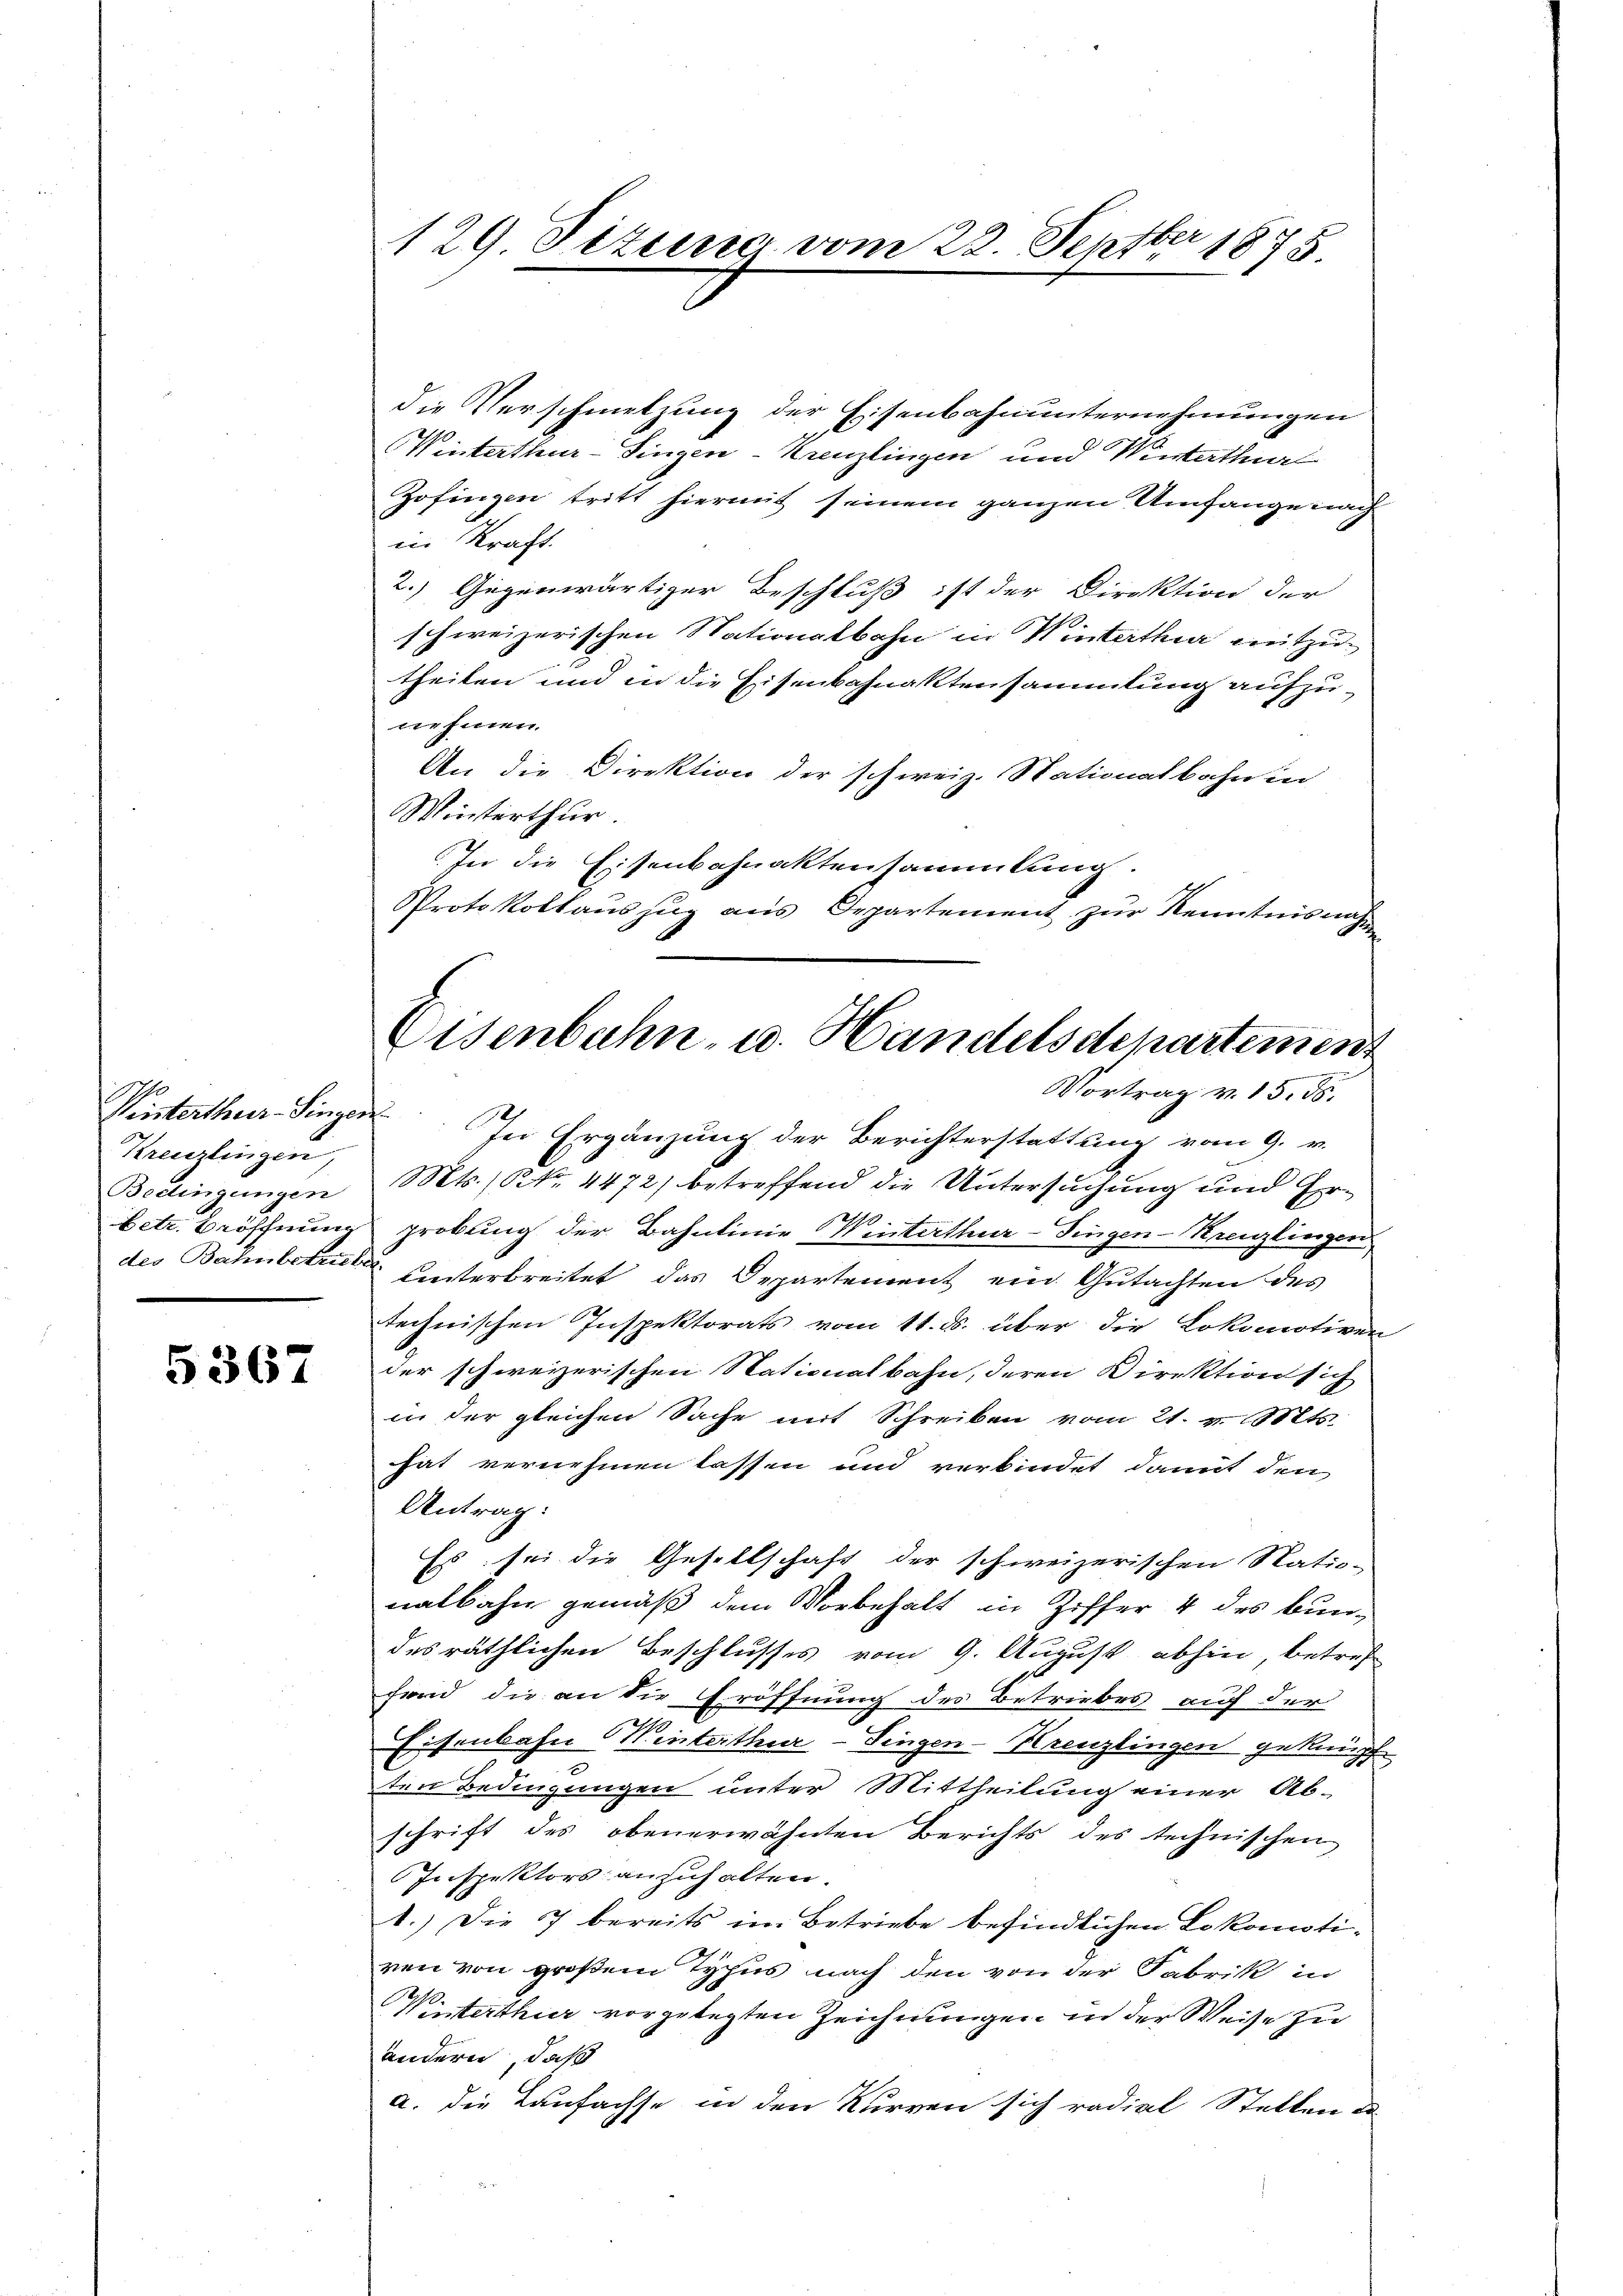
Winterthur–Singen.
Kreuzlingen,
Bedingungen

5367

129 Sizung vom 22. Septbr 1875.

die Verschmetzung der Eisenbahnunternehmungen
Winterthur–Singen-Kreuzlingen und Winterthur
Zofingen tritt hiermit seinem ganzen Umfange nach
in Kraft.
2.) Gegenwärtiger Beschluß ist der Direktion der
schweizerischen Nationalbahn in Winterthur mitzutheilen und in die Eisenbahnaktensammlung aufzunehmen.
An die Direktion der schweiz. Stationalbahn in
Winterthur.
In die Eisenbahnaktensammlung.
Protokollaŭszŭg aŭs Departement zŭr Kenntnisnah

Eisenbahn- u. Handelsdepartement
Vortrag v. 15. ds.

In Ergänzung der Berichterstattung vom 9. v.
Mts. No. 4472) betreffend die Untersuchung und Erbetr. Bröffnung probung der Bahnlinie Winterthur–Singen-Kreuzlingen
des Bahnbetrus Unterbreitet das Departement ein Gutachten des
technischen Inspektorats vom 11. ds. über die Lokomotiven
der schweizerischen Nationalbahn, deren Direktion sich
in der gleichen Sache mit Schreiben vom 21. v. Mts.
hat vernehmen lassen und verbindet damit den
Antrag:
Es sei die Gesellschaft der schweizerischen Ratio-
nalbahn gemäß dem Vorbehalt in Ziffer 4 des Bundes räthlichen Beschlusses vom 9. August abhin, betref
fend die an die Eröffnung des Betriebes auf der
Eisenbahn Winterthur–Singen-Kreuzlingen geknüpf
ten Bedingungen unter Mittheilung einer Ab-
schrift des obenerwähnten Berichts des technischen
Inspektors anzuhalten.
1.) Die 7 bereits im Betriebe befindlichen Lokomotiven von großem Typus nach den von der Fabrik in
Winterthur vorgelegten Zeichnungen in der Weise zu
andern, daß
a. die Laufachse in den Kurren sich radial Stellen u
e